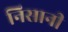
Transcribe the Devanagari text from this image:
निसानी